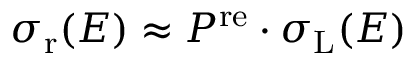
\sigma _ { \mathrm { r } } ( E ) \approx P ^ { \mathrm { r e } } \cdot \sigma _ { \mathrm { L } } ( E )